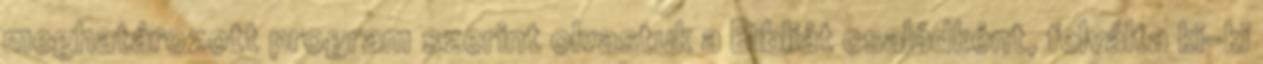
meghatározott program szerint olvastuk a Bibliát családként, felválta ki-ki